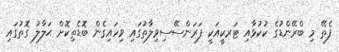
ފެތޭ މި ބްރޭންޑުގެ ކުކުޅާއި ޓަރކީއަކީ ފަރަންސޭސިވިލާތުގައި ވިހައިގެން ބޮޑެތިކޮށް ޙަލާލު ގޮތުގައި